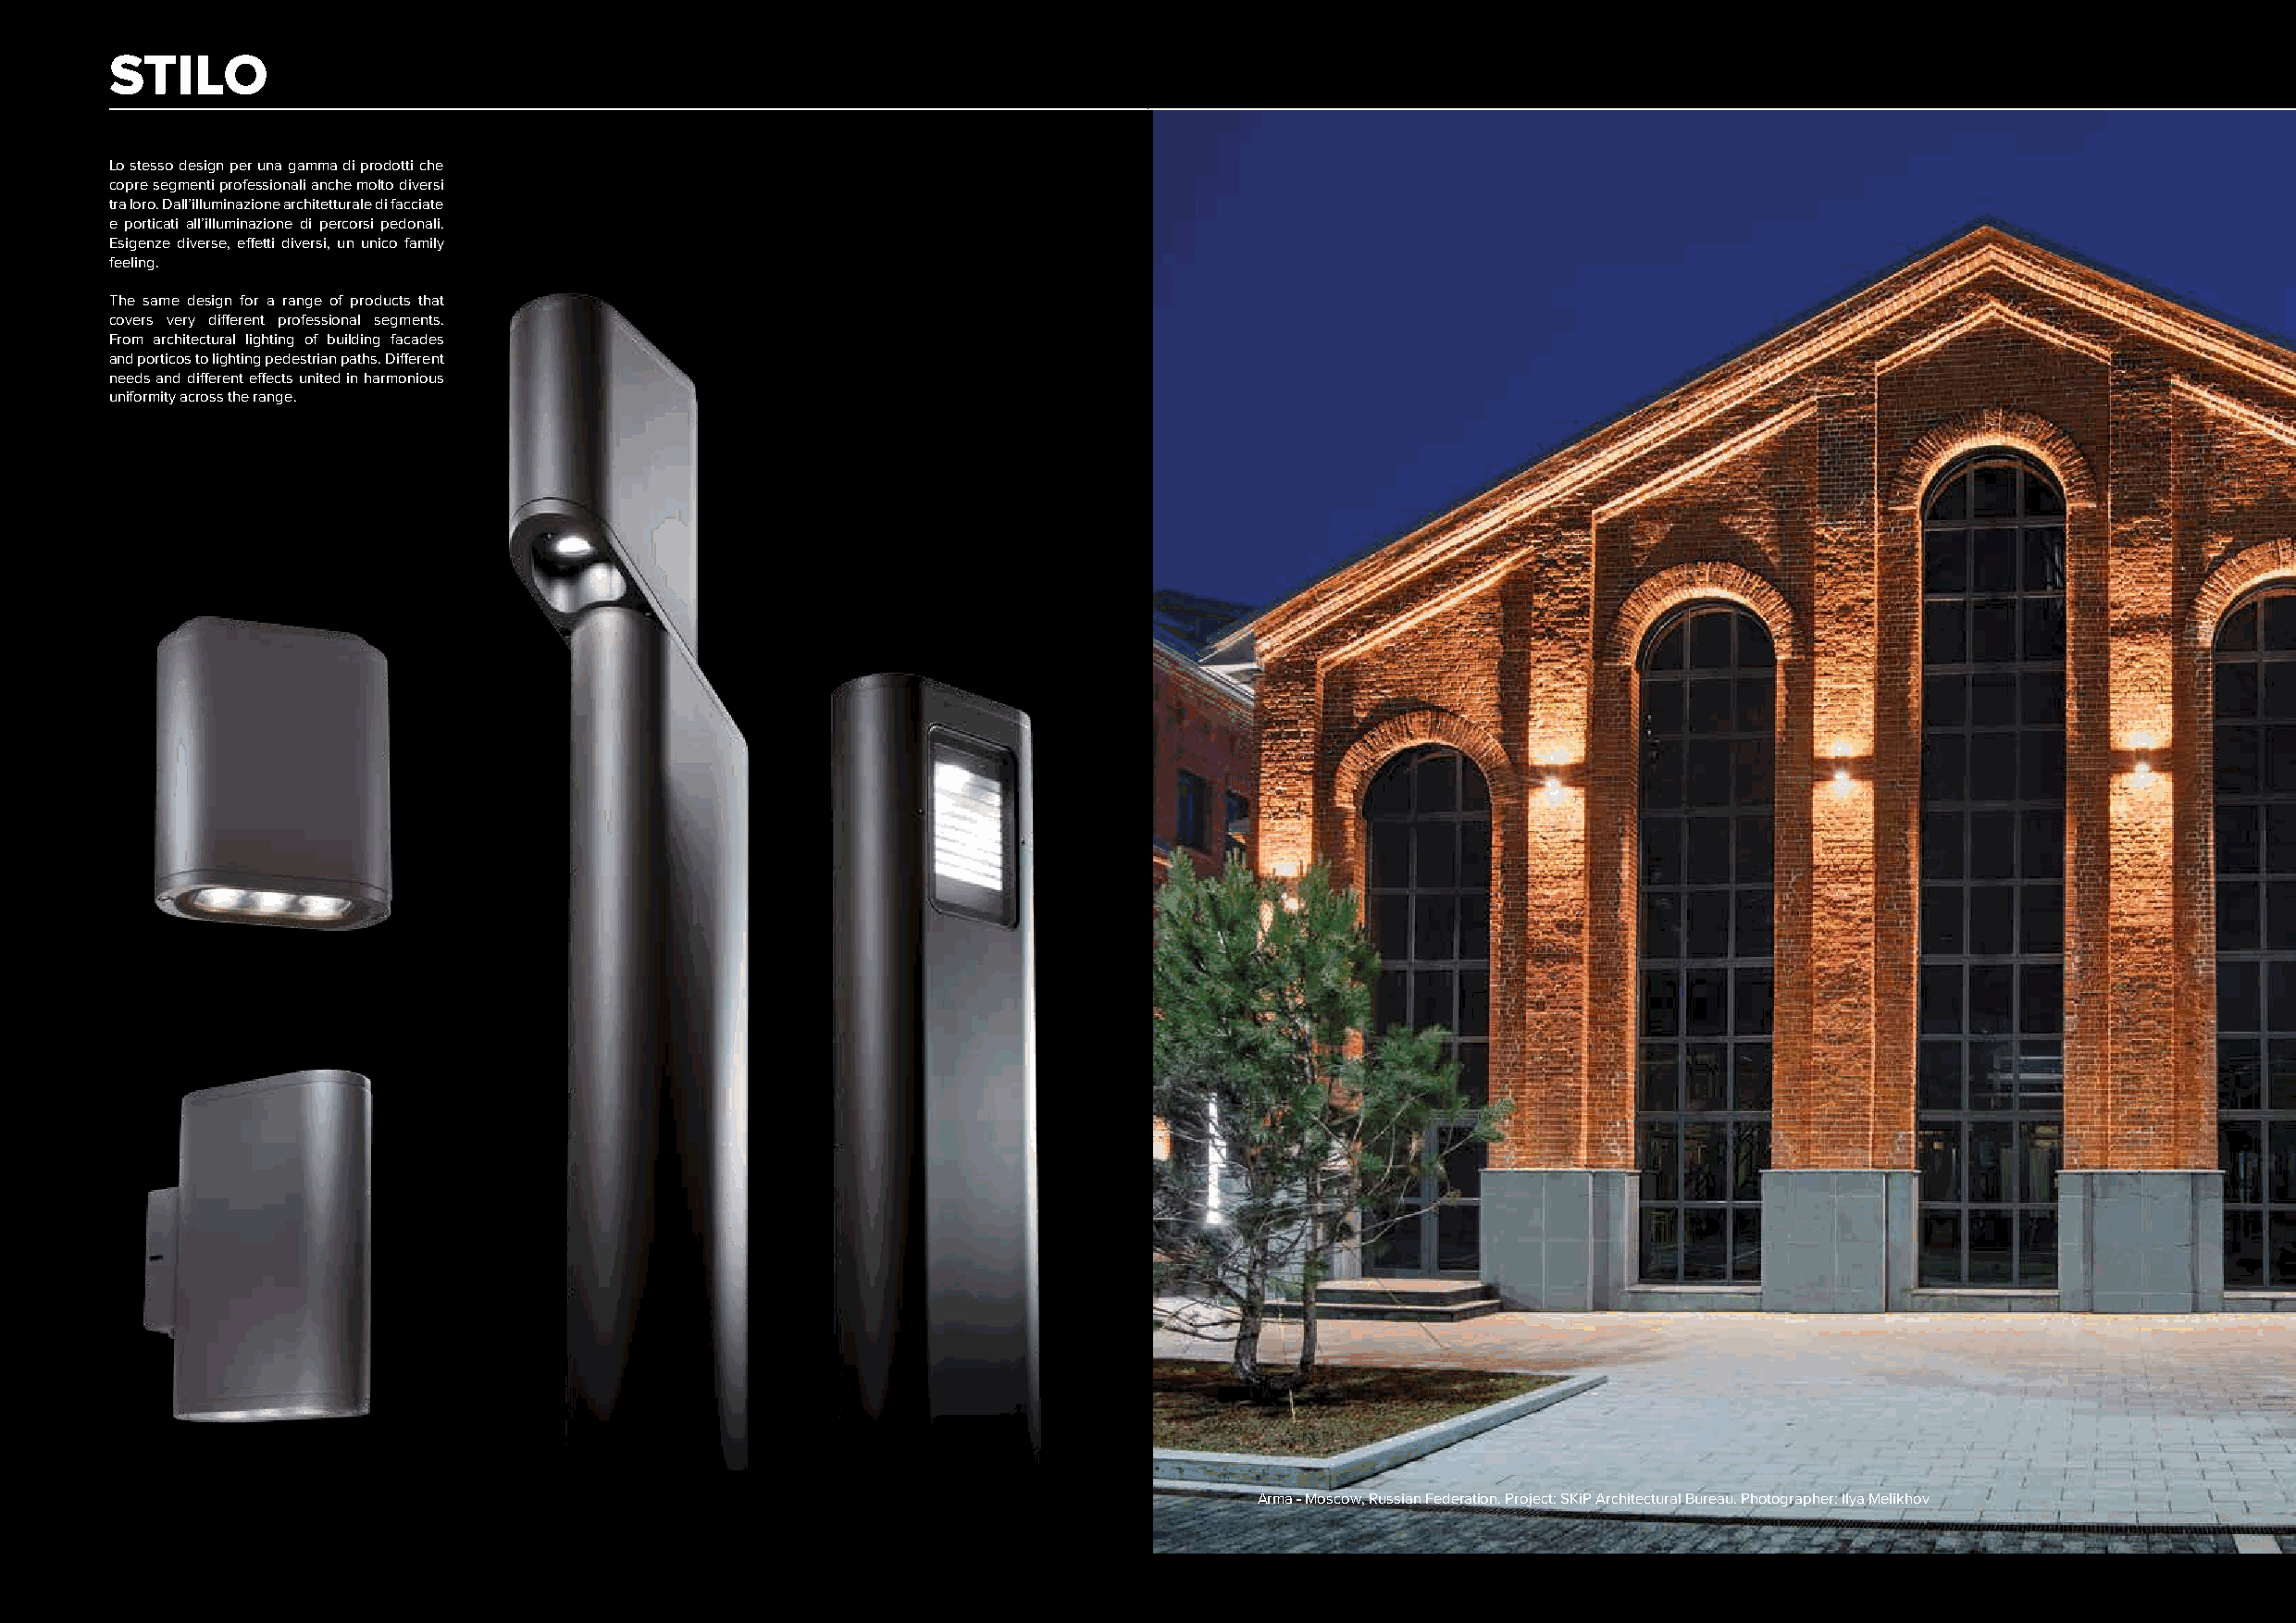
STILO
 Lo stesso design per una gamma di prodotti che
 copre segmenti professionali anche molto diversi
 tra loro. Dall’illuminazione architetturale di facciate
 e porticati all’illuminazione di percorsi pedonali.
 Esigenze diverse, effetti diversi, un unico family
 feeling.
 The same design for a range of products that
 covers very different professional segments.
 From architectural lighting of building facades
 and porticos to lighting pedestrian paths. Different
 needs and different effects united in harmonious
 uniformity across the range.
 Arma - Moscow, Russian Federation. Project: SKiP Architectural Bureau. Photographer: Ilya Melikhov
 338                                                                                                                                                339